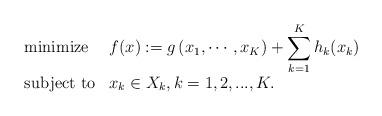
LaTeX: \begin{align*}\begin{array}{ll}\mbox{minimize} &\displaystyle f(x):=g\left(x_1,\cdots, x_K\right)+\sum_{k=1}^{K}h_k(x_k)\\ [10pt]\mbox{subject to} & x_k\in X_k,k=1,2,...,K.\end{array}\end{align*}